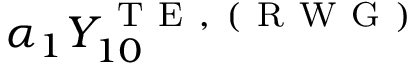
\alpha _ { 1 } Y _ { 1 0 } ^ { \mathrm { ~ T ~ E ~ , ~ ( ~ R ~ W ~ G ~ ) ~ } }